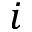
i